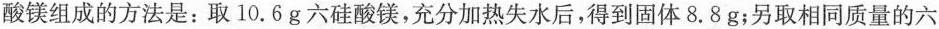
酸镁组成的方法是：取10.6g六硅酸镁，充分加热失水后，得到固体8.8g；另取相同质量的六